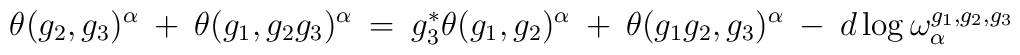
\theta(g_2, g_3)^{\alpha} \: + \: \theta(g_1, g_2 g_3)^{\alpha} \: = \:g_3^* \theta(g_1, g_2)^{\alpha} \: + \:\theta(g_1 g_2, g_3)^{\alpha} \: - \: d \log \omega^{g_1, g_2, g_3}_{\alpha}